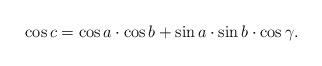
LaTeX: \begin{align*}\cos c=\cos a \cdot \cos b+\sin a\cdot \sin b\cdot \cos\gamma.\end{align*}